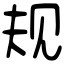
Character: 规